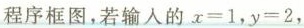
程序框图，若输入的$$x=1$$，$$y=2$$，